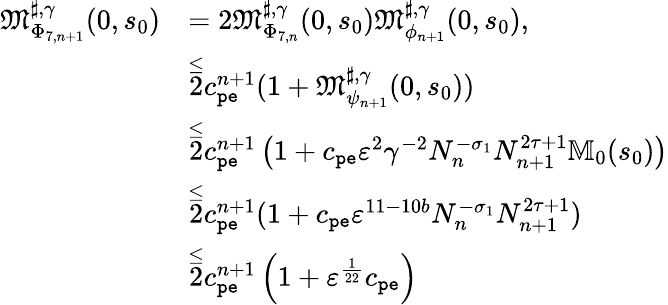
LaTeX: \begin{array}{rl}{\mathfrak{M}_{\Phi_{7,n+1}}^{\sharp,\gamma}(0,s_{0})}&{=2\mathfrak{M}_{\Phi_{7,n}}^{\sharp,\gamma}(0,s_{0})\mathfrak{M}_{\phi_{n+1}}^{\sharp,\gamma}(0,s_{0}),}\\ &{\overset\le 2c_{\mathtt{pe}}^{n+1}(1+\mathfrak{M}_{\psi_{n+1}}^{\sharp,\gamma}(0,s_{0}))}\\ &{\overset\le 2c_{\mathtt{pe}}^{n+1}\left(1+c_{\mathtt{pe}}\varepsilon^{2}\gamma^{-2}N_{n}^{-\sigma_{1}}N_{n+1}^{2\tau+1}\mathbb{M}_{0}(s_{0})\right)}\\ &{\overset\le 2c_{\mathtt{pe}}^{n+1}(1+c_{\mathtt{pe}}\varepsilon^{11-10b}N_{n}^{-\sigma_{1}}N_{n+1}^{2\tau+1})}\\ &{\overset\le 2c_{\mathtt{pe}}^{n+1}\left(1+\varepsilon^{\frac{1}{22}}c_{\mathtt{pe}}\right)}\end{array}